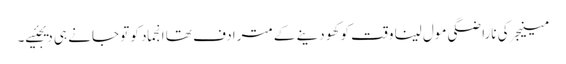
مینیجر کی ناراضگی مول لینا وقت کو کھو دینے کے مترادف تھا انجماد کو تو جانے ہی دیجئیے۔